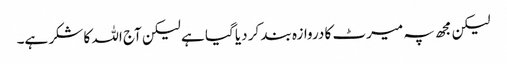
لیکن مجھ پہ میرٹ کا دروازہ بند کر دیا گیا ہے لیکن آج اللہ کا شکر ہے۔